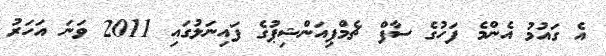
އެ ގައުމު އެންމެ ފަހުގެ ސާފް ޗެމްޕިއަންޝިޕުގެ ފައިނަލުގައި 2011 ވަނަ އަހަރު